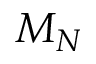
M _ { N }